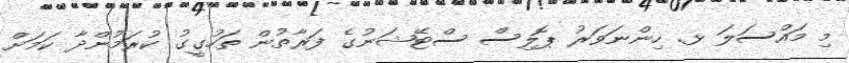
މި މައްސަލަ ޅ. ހިންނަވަރު ޕޮލިސް ސްޓޭޝަނުގެ ފަރާތުން ތަހުގީގު ކުރަމުންދާ ކަަމަށް